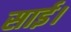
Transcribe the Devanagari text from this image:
साई।